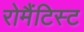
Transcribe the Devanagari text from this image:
रोमैंटिस्ट